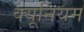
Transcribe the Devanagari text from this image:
क्यूनियम